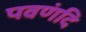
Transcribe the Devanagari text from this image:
पवणंदि